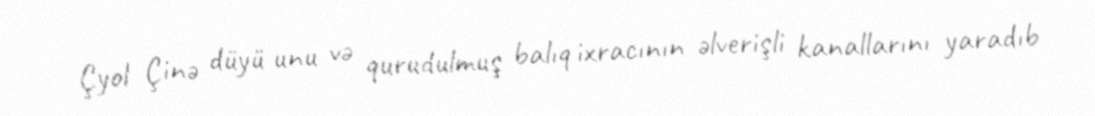
Çyol Çinə düyü unu və qurudulmuş balıq ixracının əlverişli kanallarını yaradıb